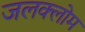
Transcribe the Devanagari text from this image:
जलक्लोम